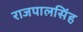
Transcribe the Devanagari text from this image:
राजपालसिंह